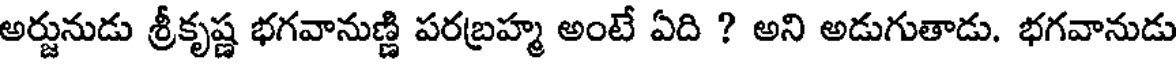
అర్జునుడు శ్రీకృష్ణ భగవానుణ్ణి పరబ్రహ్మ అంటే ఏది ? అని అడుగుతాడు. భగవానుడు